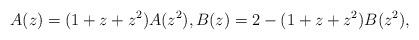
LaTeX: \begin{align*}A(z)=(1+z+z^{2})A(z^{2}), B(z)=2-(1+z+z^{2})B(z^{2}), \end{align*}